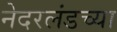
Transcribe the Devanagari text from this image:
नेदरलंडच्या